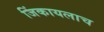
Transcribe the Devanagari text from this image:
जिंकायलाच